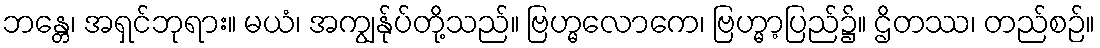
ဘန္တေ၊ အရှင်ဘုရား။ မယံ၊ အကျွန်ုပ်တို့သည်။ ဗြဟ္မလောကေ၊ ဗြဟ္မာ့ပြည်၌။ ဌိတဿ၊ တည်စဉ်။